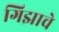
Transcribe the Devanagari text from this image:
गिझाचे